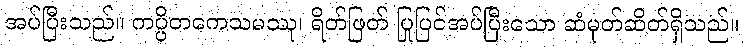
အပ်ပြီးသည်။ ကပ္ပိတကေသမဿု၊ ရိတ်ဖြတ် ပြုပြင်အပ်ပြီးသော ဆံမုတ်ဆိတ်ရှိသည်။